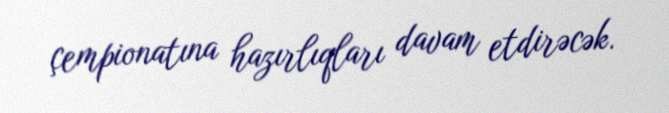
çempionatına hazırlıqları davam etdirəcək.